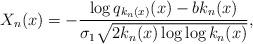
LaTeX: \begin{align*}X_n(x) = - \frac{\log q_{k_n(x)}(x)-bk_n(x)}{\sigma_1\sqrt{2k_n(x)\log\log k_n(x)}},\end{align*}